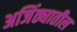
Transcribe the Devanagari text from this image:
अजिंठ्यातील